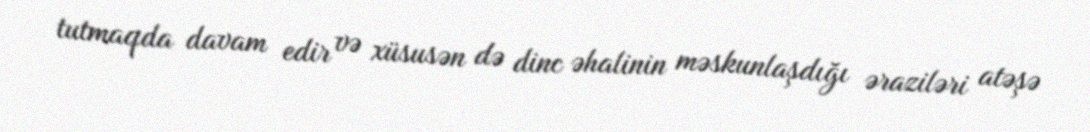
tutmaqda davam edir və xüsusən də dinc əhalinin məskunlaşdığı əraziləri atəşə